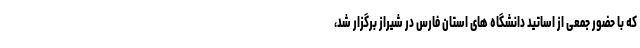
که با حضور جمعی از اساتید دانشگاه های استان فارس در شیراز برگزار شد،